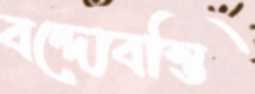
বন্দোবস্তি